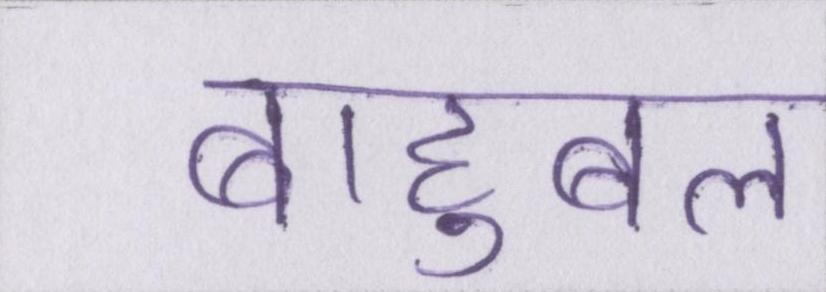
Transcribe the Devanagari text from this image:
बाहुबल